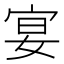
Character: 宴